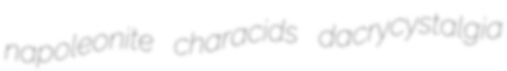
napoleonite characids dacrycystalgia